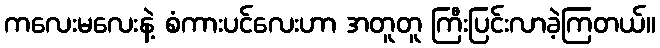
ကလေးမလေးနဲ့ စံကားပင်လေးဟာ အတူတူ ကြီးပြင်းလာခဲ့ကြတယ်။